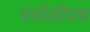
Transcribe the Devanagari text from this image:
परदेशीयच